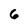
Character: 6